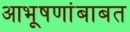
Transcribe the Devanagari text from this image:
आभूषणांबाबत